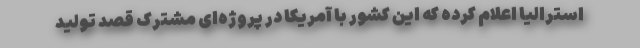
استرالیا اعلام کرده که این کشور با آمریکا در پروژه‌ای مشترک قصد تولید